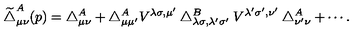
\widetilde { \bigtriangleup } _ { \mu \nu } ^ { A } ( p ) = \bigtriangleup _ { \mu \nu } ^ { A } + \bigtriangleup _ { \mu \mu ^ { \prime } } ^ { A } V ^ { \lambda \sigma , \mu ^ { \prime } } \bigtriangleup _ { \lambda \sigma , \lambda ^ { \prime } \sigma ^ { \prime } } ^ { B } V ^ { \lambda ^ { \prime } \sigma ^ { \prime } , \nu ^ { \prime } } \bigtriangleup _ { \nu ^ { \prime } \nu } ^ { A } + \cdots .